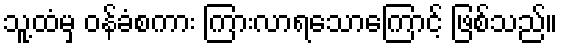
သူ့ထံမှ ဝန်ခံစကား ကြားလာရသောကြောင့် ဖြစ်သည်။